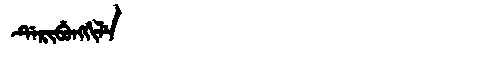
Manchu: ᡩᡝᡵᡳᠪᡠᠩᡤᡳᠯᡝ
Romanization: DERIBUNGGILE